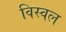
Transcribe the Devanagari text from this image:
विस्वल